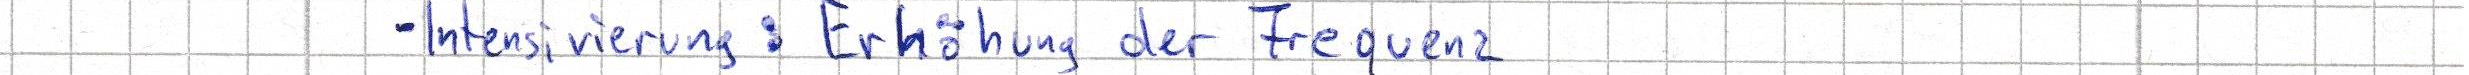
- Intensivierung: Erhöhung der Frequenz